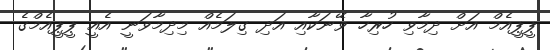
ޕީޕީއެމް އަށް ދިމާވި ހުރިހާ ވޭނަކާއި އަދި ގިލަމެއް މިދިމާވަނީ އެއީ ޕީޕީއެމްގެ